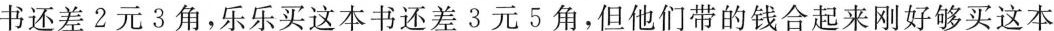
书还差2元3角，乐乐买这本书还差3元5角，但他们带的钱合起来刚好够买这本